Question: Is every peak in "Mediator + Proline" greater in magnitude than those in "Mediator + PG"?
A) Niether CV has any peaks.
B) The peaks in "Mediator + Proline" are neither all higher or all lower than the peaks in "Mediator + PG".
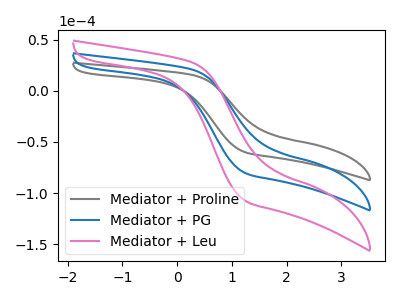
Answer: <think>The gray curve "Mediator + Proline" has no peaks. The blue curve "Mediator + PG" has no peaks. The pink curve "Mediator + Leu" has no peaks.</think>
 <answer>A) Niether CV has any peaks.</answer>
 <eval>A</eval>